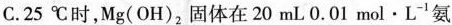
C.25℃时，Mg(OH)_{2}，固体在20mL0.01mol \cdot L^{1}氨